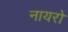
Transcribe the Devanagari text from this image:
नायरो